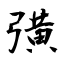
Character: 彉